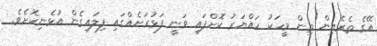
އޭގެ ތެރެއިން ތިން މީހަކު ހައްޔަރު ކޮށްފައި ވަނީ ފަޅުރަށެއްގައި ފިލައިގެން އުޅެނިކޮށެވެ.